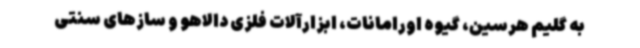
به گلیم هرسین، گیوه اورامانات، ابزارآلات فلزی دالاهو و سازهای سنتی